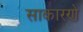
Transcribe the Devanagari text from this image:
साकारणे